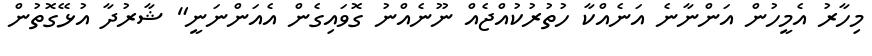
މިހާރު އެމީހުން އަންނާނެ އަނެއްކާ ހުތުރުކުއްޖެއް ނޫނެއްނު ގޮވައިގެން އެއަންނަނީ" ޝާރުދާ އުޅޭގޮތުން